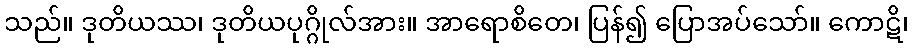
သည်။ ဒုတိယဿ၊ ဒုတိယပုဂ္ဂိုလ်အား။ အာရောစိတေ၊ ပြန်၍ ပြောအပ်သော်။ ကောဋိ၊